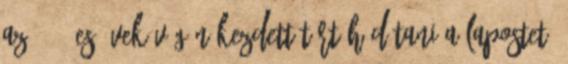
Az 1960-es évek végén kezdett tért hódítani a lapostető